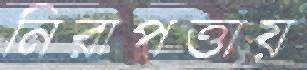
নিরাপত্তায়